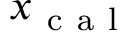
x _ { \mathrm { ~ c ~ a ~ l ~ } }